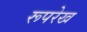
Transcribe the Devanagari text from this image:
रूपरेख